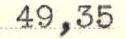
49,35